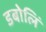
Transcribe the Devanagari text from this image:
डबोलिं